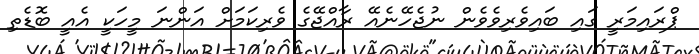
ޕްރައިމަރީ ގައި ބައިވެރިވެވެން ނުޖެހޭނެއޭ ރާއްޖޭގެ ވެރިކަމަށް އަންނަ މީހަކީ އެއީ ބޮޑެތި